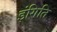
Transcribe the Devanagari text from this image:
इंगिति